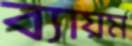
ব্যায়ম